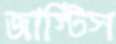
জাস্টিস